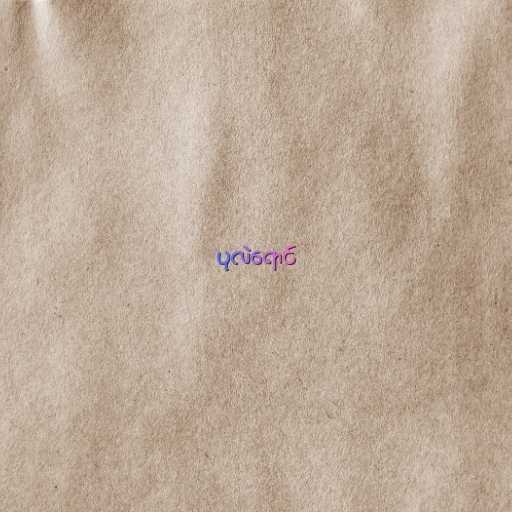
ပုလဲရောင်